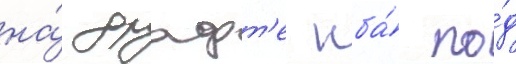
на́ драфт'е нба́ по́д